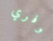
وفري